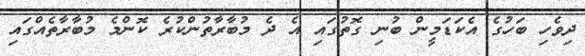
ދިވެހި ބަހުގެ އެކަޑަމީން ބުނި ގޮތުގައި އެ ދެ މުބާރާތުންކުރެ ކޮންމެ މުބާރާތެއްގައި